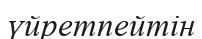
үйретпейтін